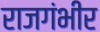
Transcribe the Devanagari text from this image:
राजगंभीर